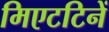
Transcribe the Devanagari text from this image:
मिएटटिनें